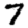
Digit: 7